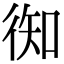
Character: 𢔊